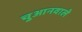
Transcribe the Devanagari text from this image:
चुआनवाले